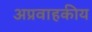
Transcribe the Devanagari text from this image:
अप्रवाहकीय